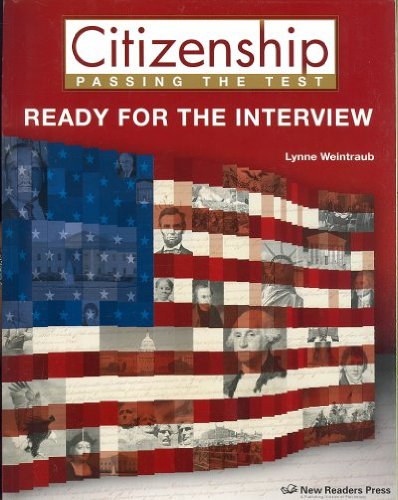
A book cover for Citizenship: Ready for the Interview; Lynne Weintraub; Test Preparation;